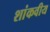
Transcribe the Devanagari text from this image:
शांकवीय